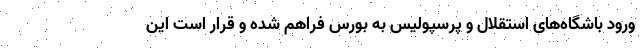
ورود باشگاه‌های استقلال و پرسپولیس به بورس فراهم شده و قرار است این